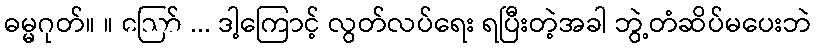
ဓမ္မဂုတ်။ ။ ဪ ... ဒါ့ကြောင့် လွတ်လပ်ရေး ရပြီးတဲ့အခါ ဘွဲ့တံဆိပ်မပေးဘဲ